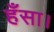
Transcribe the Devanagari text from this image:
हँसा।